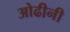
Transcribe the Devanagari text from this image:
ओढीनी